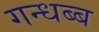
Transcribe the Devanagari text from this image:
गन्धब्ब